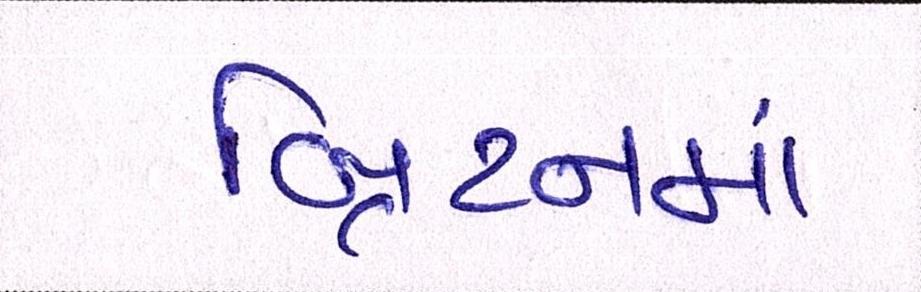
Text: બ્રિટનમાં